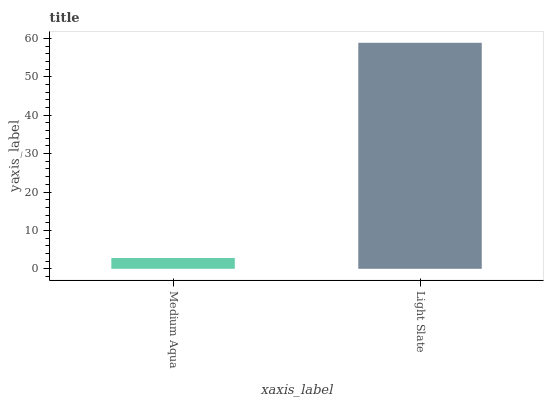
| xaxis_label | bars |
 | --- | --- |
 | Medium Aqua | 2.82 |
 | Light Slate | 58.9 |